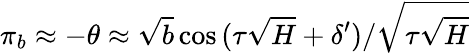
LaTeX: \pi_{b}\approx-\theta\approx\sqrt{b}\cos{(\tau\sqrt{H}+\delta^{\prime})}/\sqrt{\tau\sqrt{H}}